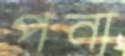
পনা